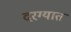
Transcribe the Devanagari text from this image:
दरग्यात